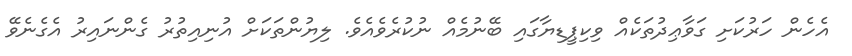
އެހެން ހަރުކަށި ގަވާޢިދުތަކެއް ވިކިޕީޑިޔާގައި ބޭނުމެއް ނުކުރެވެއެވެ. ލިޔުންތަކަށް އުނިއިތުރު ގެންނައިރު އެގެނެވޭ